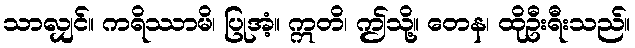
သာလျှင်။ ကရိဿာမိ၊ ပြုအံ့။ ဣတိ၊ ဤသို့။ တေန၊ ထိုဦးရီးသည်။